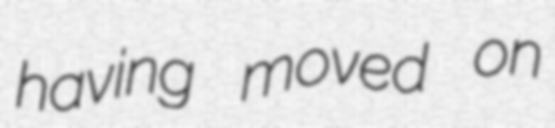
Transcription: having moved on